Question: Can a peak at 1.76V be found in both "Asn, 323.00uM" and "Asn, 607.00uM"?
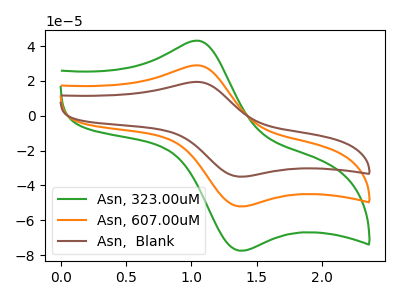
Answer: <think>The green curve "Asn, 323.00uM" has an anodic peak at (1.05V, 57.95uA) and a cathodic peak at (1.40V, -104.05uA). The orange curve "Asn, 607.00uM" has an anodic peak at (1.05V, 28.95uA) and a cathodic peak at (1.40V, -52.05uA). The brown curve "Asn,  Blank" has an anodic peak at (1.05V, 19.45uA) and a cathodic peak at (1.40V, -34.95uA).</think>
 <answer>No, "Asn, 323.00uM" and "Asn, 607.00uM" dont share a peak at 1.76V.</answer>
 <eval>mismatch</eval>